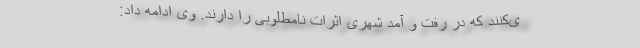
ی‌کنند که در رفت و آمد شهری اثرات نامطلوبی را دارند. وی ادامه داد: